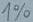
Text: 1%